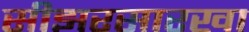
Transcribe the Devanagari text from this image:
सीझरसारखा